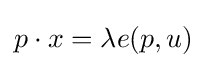
p\cdot x=\lambda e(p,u)